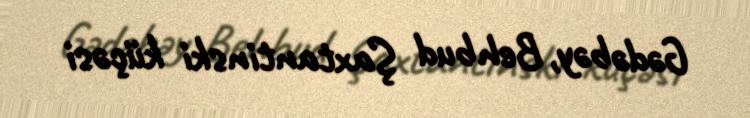
Gədəbəy, Behbud Şaxtantinski küçəsi